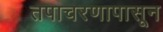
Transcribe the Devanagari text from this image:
तपाचरणापासून